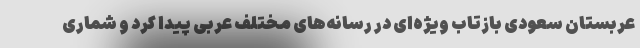
عربستان سعودی بازتاب ویژه‌ای در رسانه‌های مختلف عربی پیدا کرد و شماری